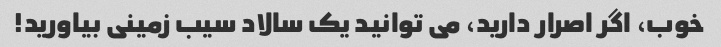
خوب، اگر اصرار دارید، می توانید یک سالاد سیب زمینی بیاورید!